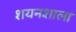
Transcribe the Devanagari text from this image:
शयनशाला